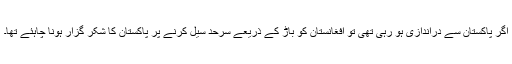
اگر پاکستان سے دراندازی ہو رہی تھی تو افغانستان کو باڑ کے ذریعے سرحد سیل کرنے پر پاکستان کا شکر گزار ہونا چاہئے تھا۔